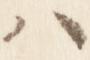
ハ